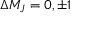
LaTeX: \Delta M _ { J } = 0 , \pm 1